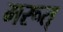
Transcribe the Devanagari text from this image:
मरूत्